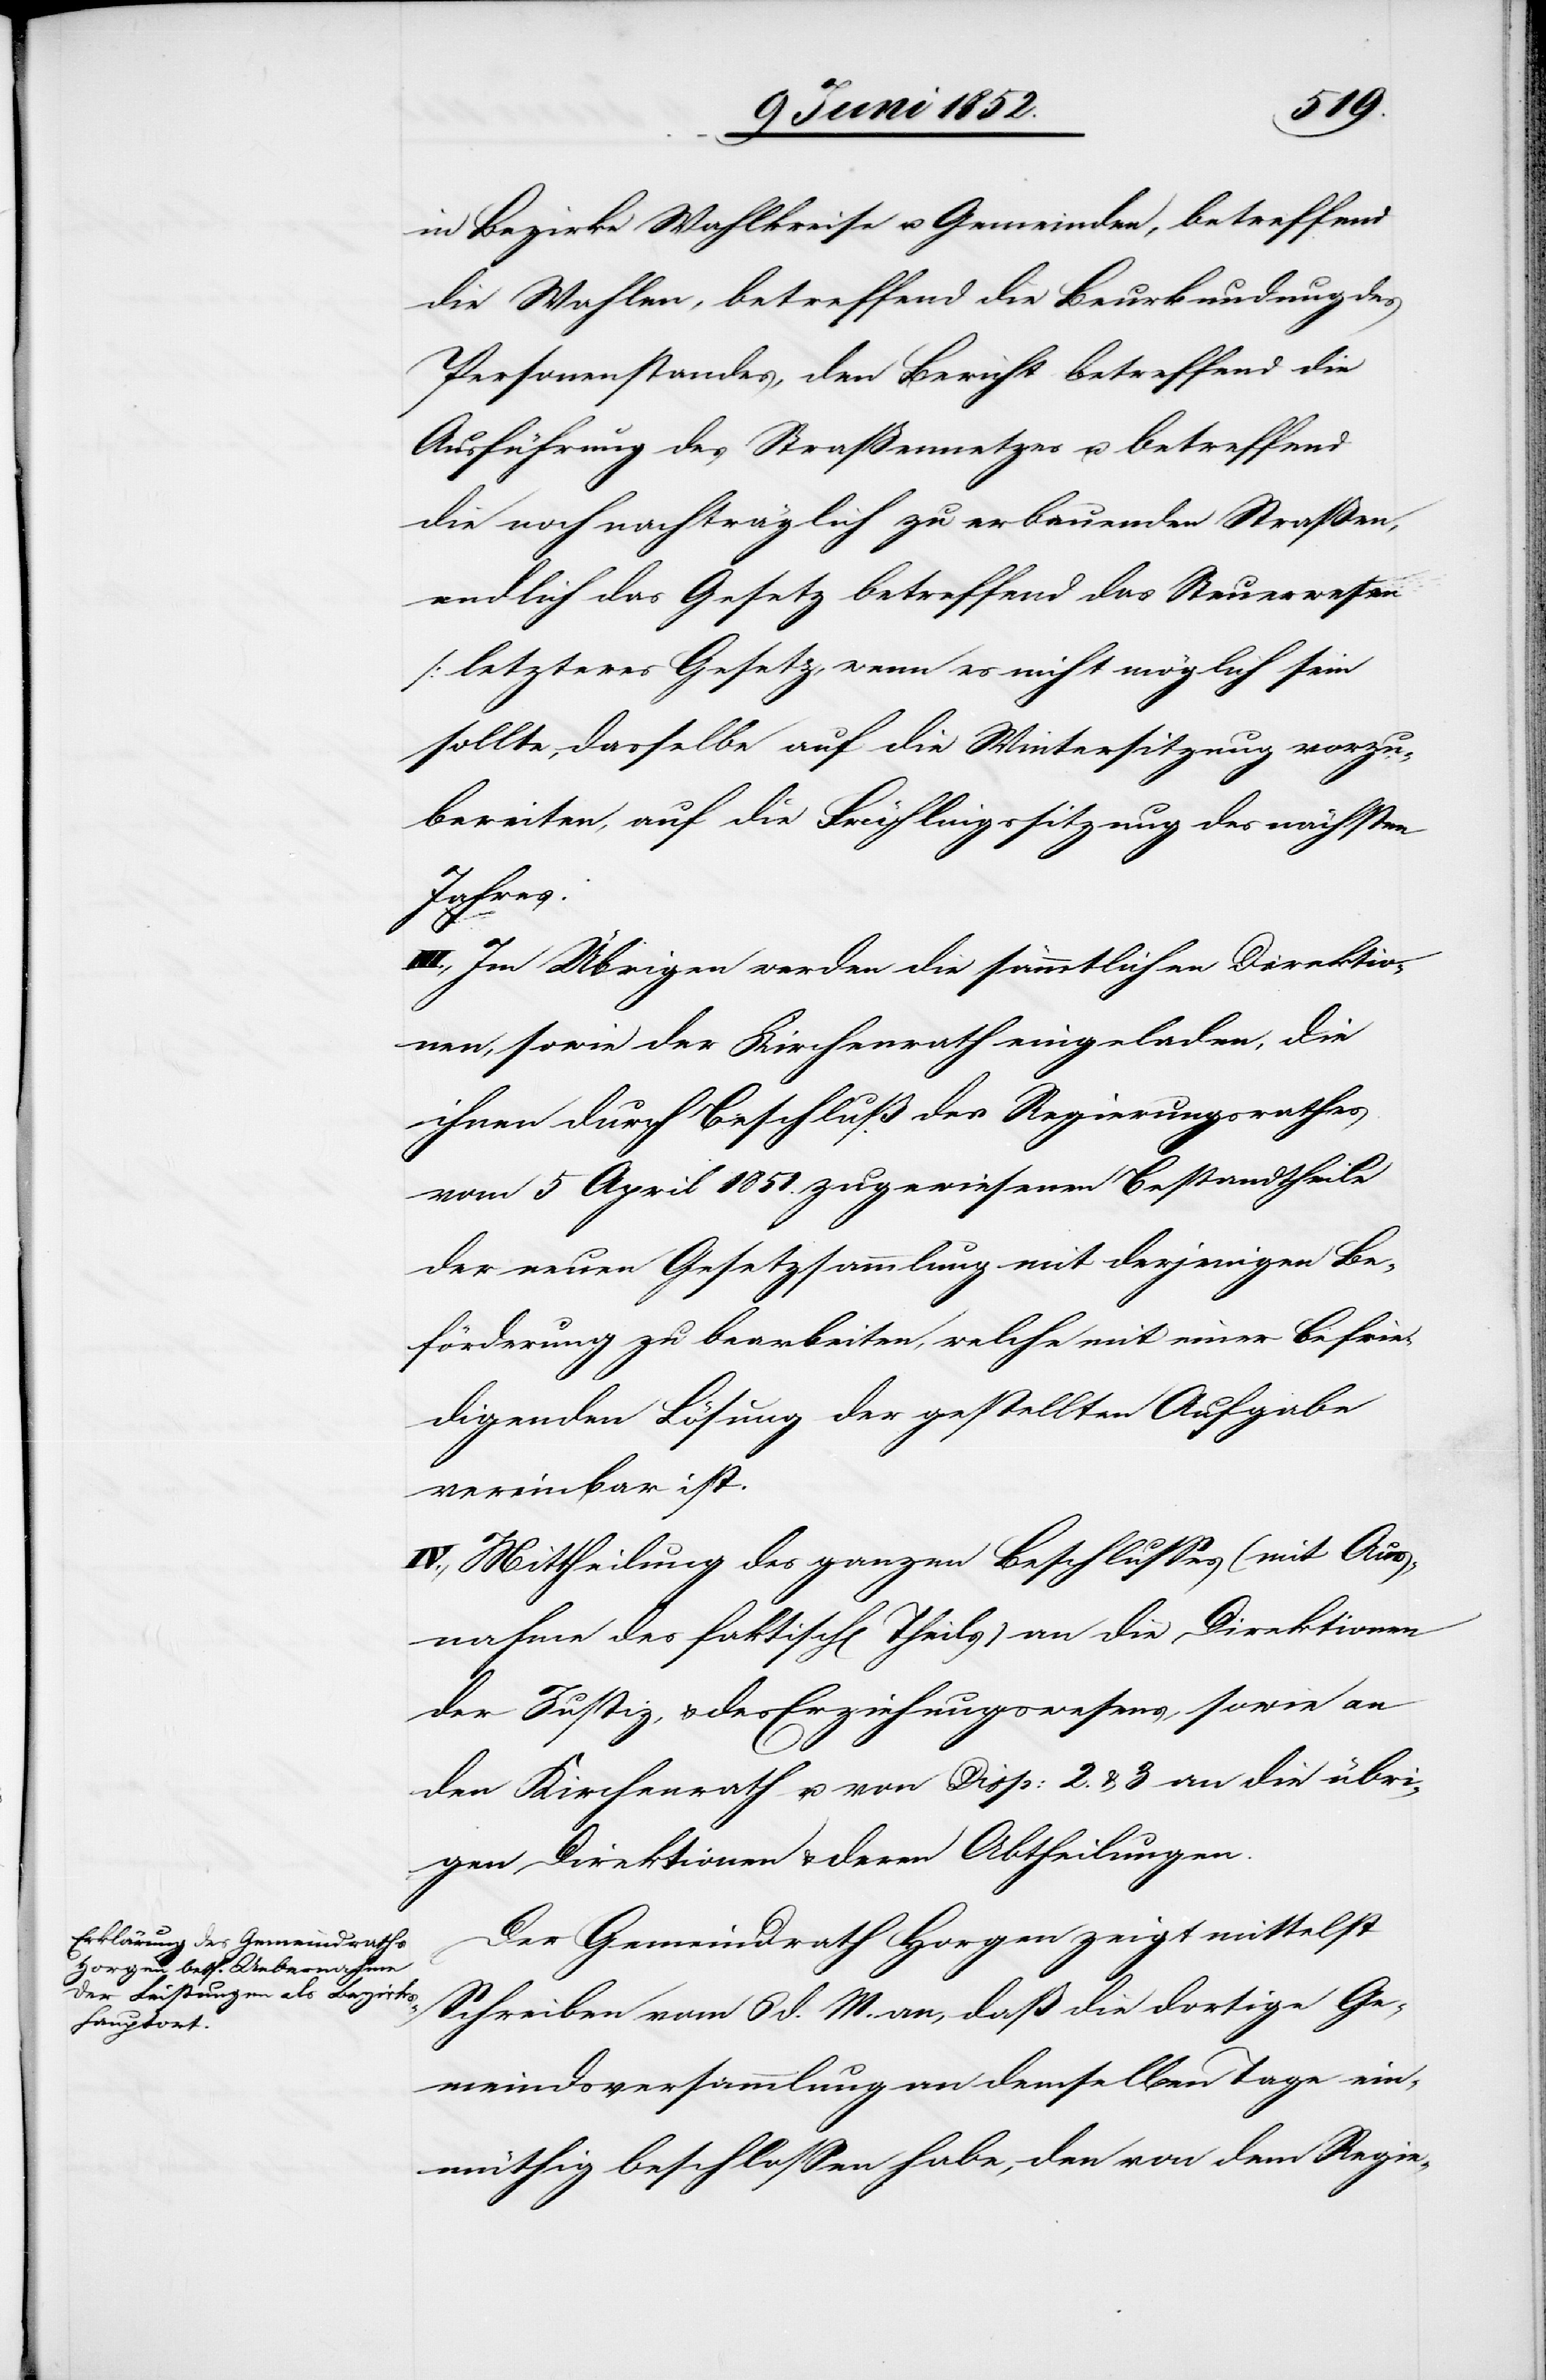
in Bezirke[,] Wahlkreise u. Gemeinden, betreffend
die Wahlen, betreffend die Beurkundung des
Personenstandes, den Bericht betreffend die
Ausführung des Strassennetzes u. betreffend
die noch nachträglich zu erbauenden Straßen,
endlich das Gesetz betreffend das Steuerwesen
[letzteres Gesetz, wenn es nicht möglich sein
sollte, dasselbe auf die Wintersitzung vorzu¬
bereiten, auf die Frühlingssitzung des nächsten
III., Im Übrigen werden die sämmtlichen Direktio¬
nen, sowie der Kirchenrath eingeladen, die
ihnen durch Beschluß des Regierungsrathes
vom 5 April 1851. zugewiesenen Bestandtheile
der neuen Gesetzsammlung mit derjenigen Be¬
förderung zu bearbeiten, welche mit einer befrie¬
digenden Lösung der gestellten Aufgabe
vereinbar ist.
IV., Mittheilung des ganzen Beschlusses (mit Aus¬
nahme des faktisch[en] Theils) an die Direktionen
der Justiz, & des Erziehungswesens, sowie an
den Kirchenrath u. von Disp: 2. & 3 an die übri¬
gen Direktionen & deren Abtheilungen.
Der Gemeindrath Horgen zeigt mittelst
Schreiben vom 6 d. M. an, daß die dortige Ge¬
meindsversammlung an demselben Tage ein¬
müthig beschlossen habe, den von dem Regie-